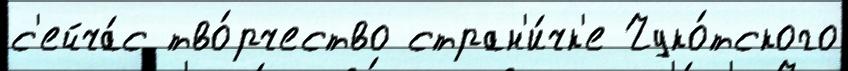
с'ейча́с тво́рчество стран'и́чк'е Чуко́тского